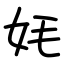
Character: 㚪